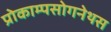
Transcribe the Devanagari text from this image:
प्रोकाम्‍पसोगनेथस